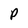
Character: P